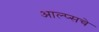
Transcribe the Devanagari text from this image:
आल्प्सचे